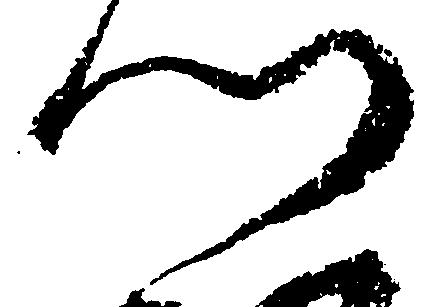
門